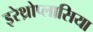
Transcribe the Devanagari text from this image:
इरेथ्रोप्लासिया